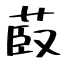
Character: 菣